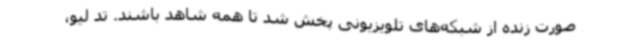
صورت زنده از شبکه‌های تلویزیونی پخش شد تا همه شاهد باشند. تد لیو،